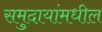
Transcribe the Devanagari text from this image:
समुदायांमधील